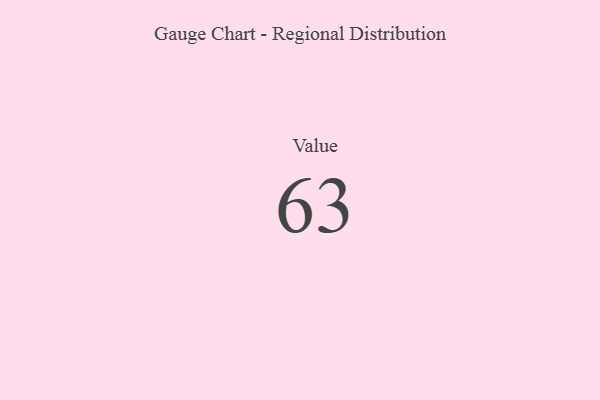
{"axis": {"x": "Metric", "y": "Value"}, "legend": [""], "data": [{"x": "Value", "y": 63, "type": ""}]}